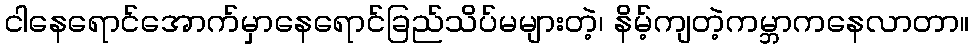
ငါနေရောင်အောက်မှာနေရောင်ခြည်သိပ်မများတဲ့၊ နိမ့်ကျတဲ့ကမ္ဘာကနေလာတာ။